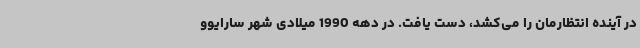
در آینده انتظارمان را می‌کشد، دست یافت. در دهه 1990 میلادی شهر سارایوو